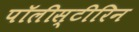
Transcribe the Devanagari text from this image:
पॉलीस्टीरिन